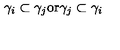
\gamma _ { i } \subset \gamma _ { j } \mathrm { o r } \gamma _ { j } \subset \gamma _ { i }